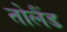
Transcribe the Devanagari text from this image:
तोलैंड